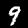
Digit: 9